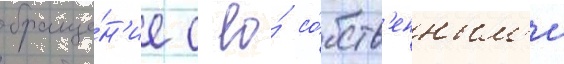
обраще́н'ие с ео́ со́бств'енным'и